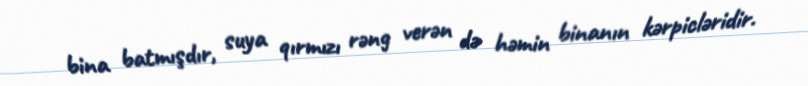
bina batmışdır, suya qırmızı rəng verən də həmin binanın kərpicləridir.